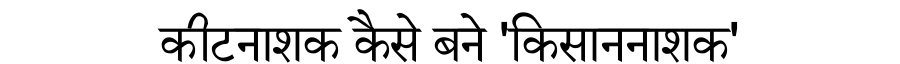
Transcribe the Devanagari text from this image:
कीटनाशक कैसे बने 'किसाननाशक'